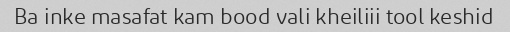
Ba inke masafat kam bood vali kheiliii tool keshid